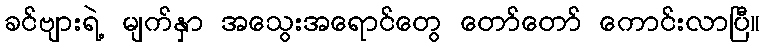
ခင်ဗျားရဲ့ မျက်နှာ အသွေးအရောင်တွေ တော်တော် ကောင်းလာပြီ။